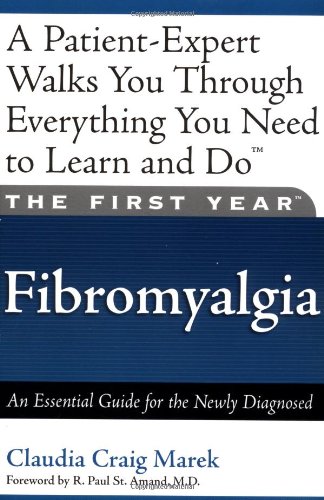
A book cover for The First Year: Fibromyalgia: An Essential Guide for the Newly Diagnosed; Mari Florence; Health, Fitness & Dieting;